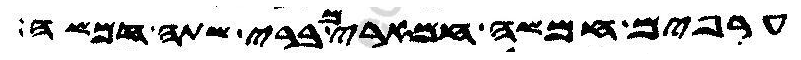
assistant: ערפים חמשה חמארים ברי שתה חמשה